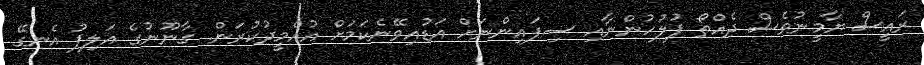
ރައީސް ޔާމީނުވެސް ދެއްތޯ ފުލުހުންނާއި ސިފައިންނަށް އަޑުއިވޭނެކަމަށް އުއްމީދުކުރަން. ގާނޫނުގެ އަލިފު އެނގޭ